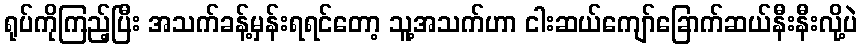
ရုပ်ကိုကြည့်ပြီး အသက်ခန့်မှန်းရရင်တော့ သူ့အသက်ဟာ ငါးဆယ်ကျော်ခြောက်ဆယ်နီးနီးလို့ပဲ